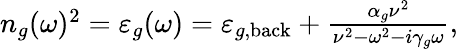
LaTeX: \begin{array}{r}{n_{g}(\omega)^{2}=\varepsilon_{g}(\omega)=\varepsilon_{g,\mathrm{back}}+\frac{\alpha_{g}\nu^{2}}{\nu^{2}-\omega^{2}-i\gamma_{g}\omega},}\end{array}